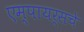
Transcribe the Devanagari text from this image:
एम्पायर्सचे